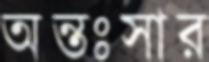
অন্তঃসার